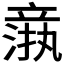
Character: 𬔦